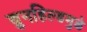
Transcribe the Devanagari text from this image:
ब्रुनहिल्डमुळे